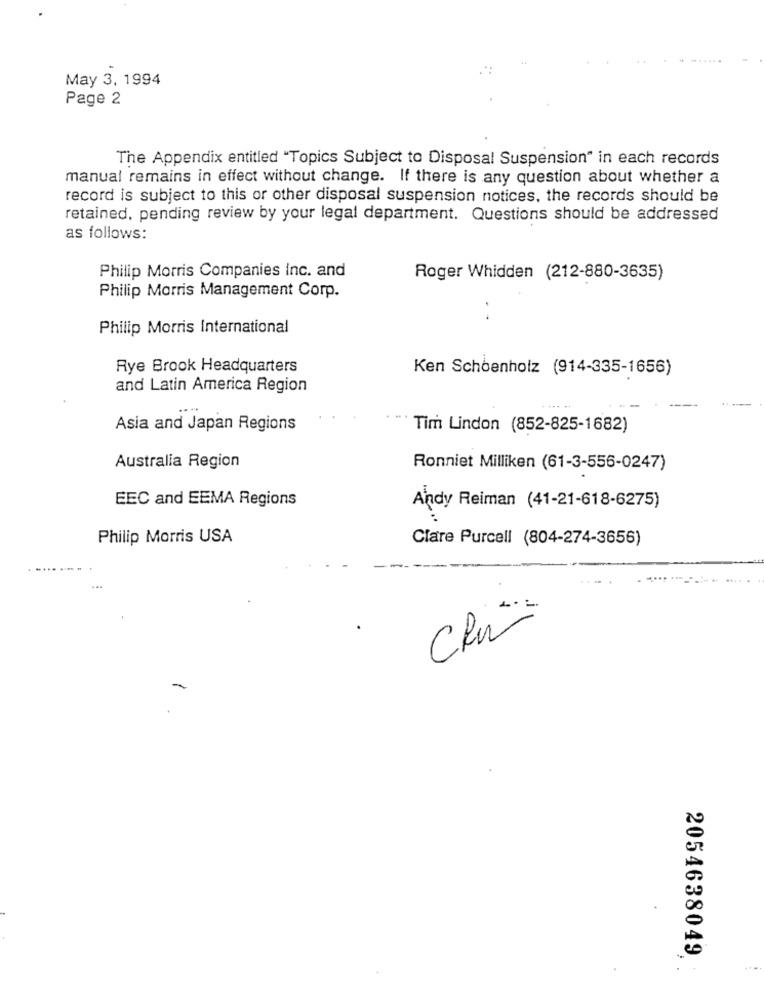
May 3, 1994
Page 2
The Appendix entitled "Topics Subject to Disposal Suspension" in each records
manual remains in effect without change. If there is any question about whether a
record is subject to this or other disposal suspension notices, the records should be
retained, pending review by your legal department. Questions should be addressed
as follows:
Philip Morris Companies Inc. and
Roger Whidden (212-880-3635)
Philip Morris Management Corp.
.-
Philip Morris International
Rye Brook Headquarters
Ken Schoenholz (914-335-1656)
and Latin America Region
..
Asia and Japan Regions
Tim Lindon (852-825-1682)
Australia Region
Ronniet Milliken (61-3-556-0247)
EEC and EEMA Regions
Andy Reiman (41-21-618-6275)
Philip Morris USA
Clare Purcell (804-274-3656)
CRU
2054638049